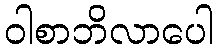
ဝါစာဘိလာပေါ